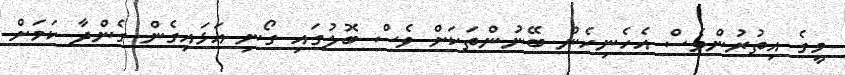
މީގެ އިތުރުންވެސް އެހެނިހެން ބޭނުންތަކަށް ވެސް ބޮލުގައި ގޯނި އަޅައިގެން ގެންދާ ކަމަށް